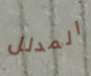
المدلل